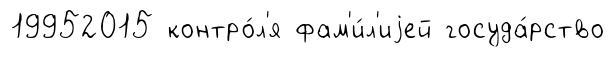
19952015 контро́л'я фам'и́л'иjей госуда́рство